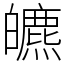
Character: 皫